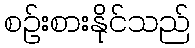
စဉ်းစားနိုင်သည်